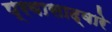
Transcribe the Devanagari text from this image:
प्रवासाद्वारे